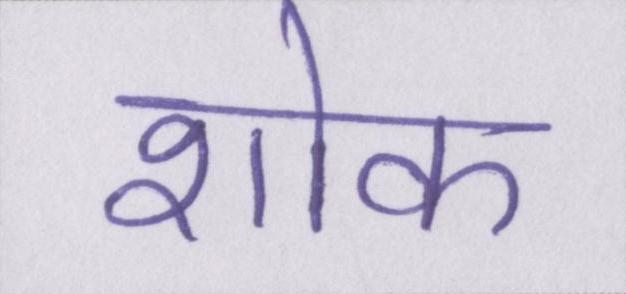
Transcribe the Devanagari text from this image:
शोक